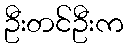
ဦးတင်ဦးက